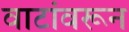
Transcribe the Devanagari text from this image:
वाटांवरून